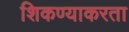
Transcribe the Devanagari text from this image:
शिकण्याकरता